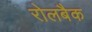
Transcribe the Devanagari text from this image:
रोलबैक